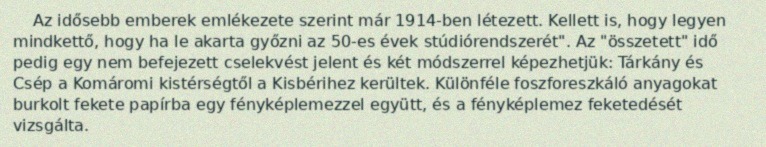
Az idősebb emberek emlékezete szerint már 1914-ben létezett. Kellett is, hogy legyen mindkettő, hogy ha le akarta győzni az 50-es évek stúdiórendszerét". Az "összetett" idő pedig egy nem befejezett cselekvést jelent és két módszerrel képezhetjük: Tárkány és Csép a Komáromi kistérségtől a Kisbérihez kerültek. Különféle foszforeszkáló anyagokat burkolt fekete papírba egy fényképlemezzel együtt, és a fényképlemez feketedését vizsgálta.